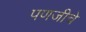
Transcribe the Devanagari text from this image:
पणजीचे